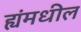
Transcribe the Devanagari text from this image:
ह्यंमधील